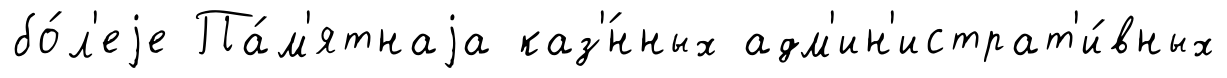
бо́л'еjе Па́м'ятнаjа каз'́нных адм'ин'истрат'и́вных